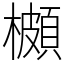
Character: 櫇